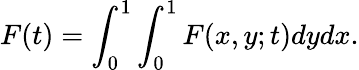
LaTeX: F(t)=\int_{0}^{1}\int_{0}^{1}F(x,y;t)dydx.